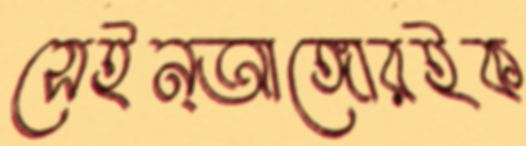
সেইন্আঙ্গোরইক